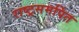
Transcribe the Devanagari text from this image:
राष्ट्रसमर्पित